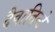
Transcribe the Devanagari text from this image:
दैवातिन्टे